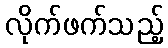
လိုက်ဖက်သည့်